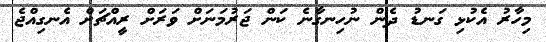
މިހާރު އެކުޅި ގަނޑު ދެން ނުހިނގާނެ ކަން ޖަރުމަނަށް ވަރަށް ރީއްޗަށް އެނގިއްޖެ